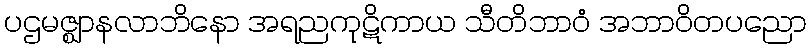
ပဌမဇ္ဈာနလာဘိနော အရညကုဋိကာယ သီတိဘာဝံ အဘာဝိတပညော